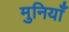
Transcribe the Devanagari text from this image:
मुनियाँ